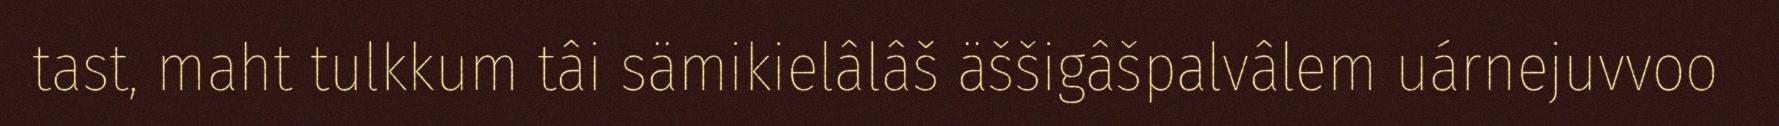
tast, maht tulkkum tâi sämikielâlâš äššigâšpalvâlem uárnejuvvoo